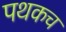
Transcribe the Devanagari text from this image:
पथकच